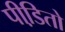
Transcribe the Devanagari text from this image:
पीडि़तो